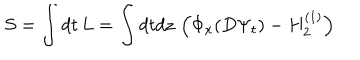
LaTeX: S = \int d t \, L = \int d t d z \, \left( \Phi _ { x } ( D \Psi _ { t } ) - H _ { 2 } ^ { ( 1 ) } \right)